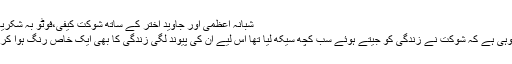
شبانہ اعظمی اور جاوید اختر کے ساتھ شوکت کیفی،فوٹو بہ شکریہ ؛اپٹا
قصہ وہی ہے کہ شوکت نے زندگی کو جیتے ہوئے سب کچھ سیکھ لیا تھا اس لیے ان کی پیوند لگی زندگی کا بھی ایک خاص رنگ ہوا کرتا تھا۔